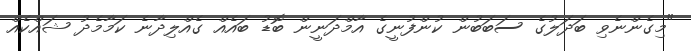
"މިގެންނެވި ބަދަލުގެ ސަބަބުން ކުންފުނީގެ އާމްދަނީން ބޮޑު ބައެއް ގެއްލިދާނެ ކަމާމެދު ޝައްކެއް